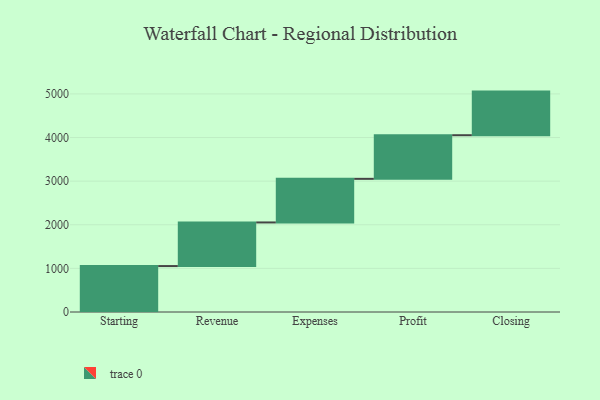
{"axis": {"x": "Step", "y": "Value"}, "legend": [""], "data": [{"x": "Starting", "y": 1053.0, "type": ""}, {"x": "Revenue", "y": 1000, "type": ""}, {"x": "Expenses", "y": 1000, "type": ""}, {"x": "Profit", "y": 1000, "type": ""}, {"x": "Closing", "y": 1000, "type": ""}]}